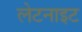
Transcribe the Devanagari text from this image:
लेटनाइट